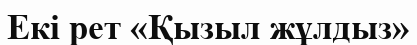
Екі рет «Қызыл жұлдыз»